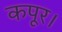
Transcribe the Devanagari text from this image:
कपूर।